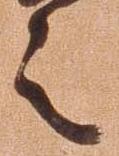
之